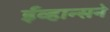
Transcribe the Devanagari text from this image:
ईव्हान्सने